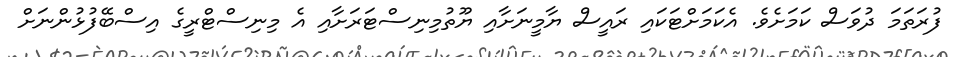
ފުރަތަމަ ދުވަސް ކަމަށެވެ. އެކަމަށްޓަކައި ރައީސް ޔާމީނަށާއި ޔޫތުމިނިސްޓަރަށާއި އެ މިނިސްޓްރީގެ އިސްބޭފުޅުންނަށް